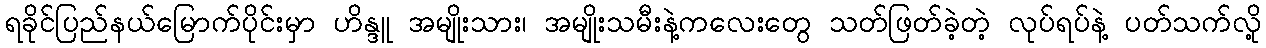
ရခိုင်ပြည်နယ်မြောက်ပိုင်းမှာ ဟိန္ဒူ အမျိုးသား၊ အမျိုးသမီးနဲ့ကလေးတွေ သတ်ဖြတ်ခဲ့တဲ့ လုပ်ရပ်နဲ့ ပတ်သက်လို့